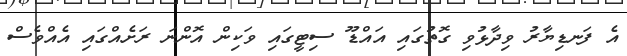
އެ ފަނޑިޔާރު ވިދާޅުވި ގޮތުގައި އައްޑޫ ސިޓީގައި ވަކިން އޮންނަ ރަށެއްގައި އެއްވެސް